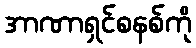
အာဏာရှင်စနစ်ကို